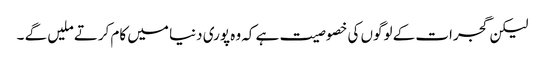
لیکن گجرات کے لوگوں کی خصوصیت ہے کہ وہ پوری دنیا میں کام کرتے ملیں گے ۔